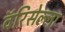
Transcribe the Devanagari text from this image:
वॅरिसेल्ला